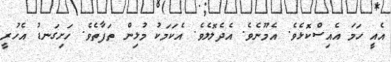
އެއީ ހަމަ އެއިސްކޮޅެވެ. އެމޫނެވެ. އެދެލޮލެވެ. އެކަމަކު މުޅިން ތަފާތެވެ. ހަށިގަނޑު އެހުރީ